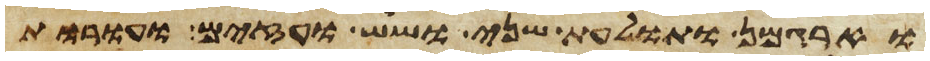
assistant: וארגמן ותולעת שני ושש ועזים ועורות